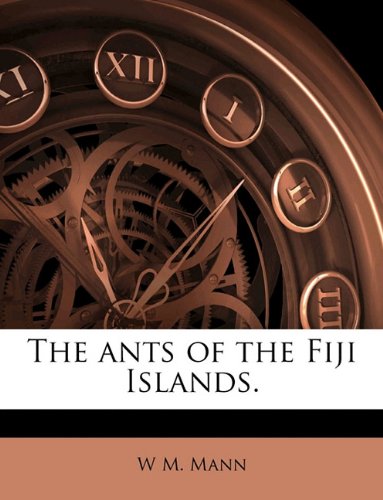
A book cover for The ants of the Fiji Islands.; W M. Mann; History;